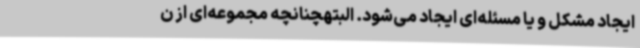
ایجاد مشکل و یا مسئله‌ای ایجاد می‌شود. البتهچنانچه مجموعه‌ای از ن